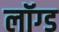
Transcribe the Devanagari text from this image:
लॉग्ड